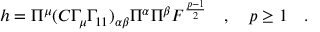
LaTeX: h = \Pi ^ { \mu } ( C \Gamma _ { \mu } \Gamma _ { 1 1 } ) _ { \alpha \beta } \Pi ^ { \alpha } \Pi ^ { \beta } { \cal F } ^ { \frac { p - 1 } { 2 } } \quad , \quad p \geq 1 \quad .